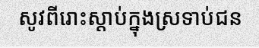
សូវពីរោះស្តាប់ក្នុងស្រទាប់ជន